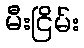
မီးငြိမ်း